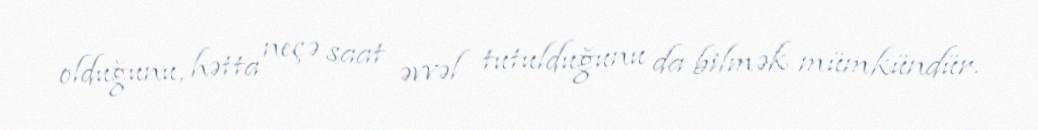
olduğunu, hətta neçə saat əvvəl tutulduğunu da bilmək mümkündür.